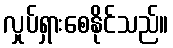
လှုပ်ရှားစေနိုင်သည်။